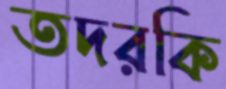
তদরকি